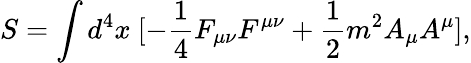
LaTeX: S=\int d^{4}x\ [-\frac{1}{4}F_{\mu\nu}F^{\mu\nu}+\frac{1}{2}m^{2}A_{\mu}A^{\mu}],